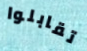
تقابلوا